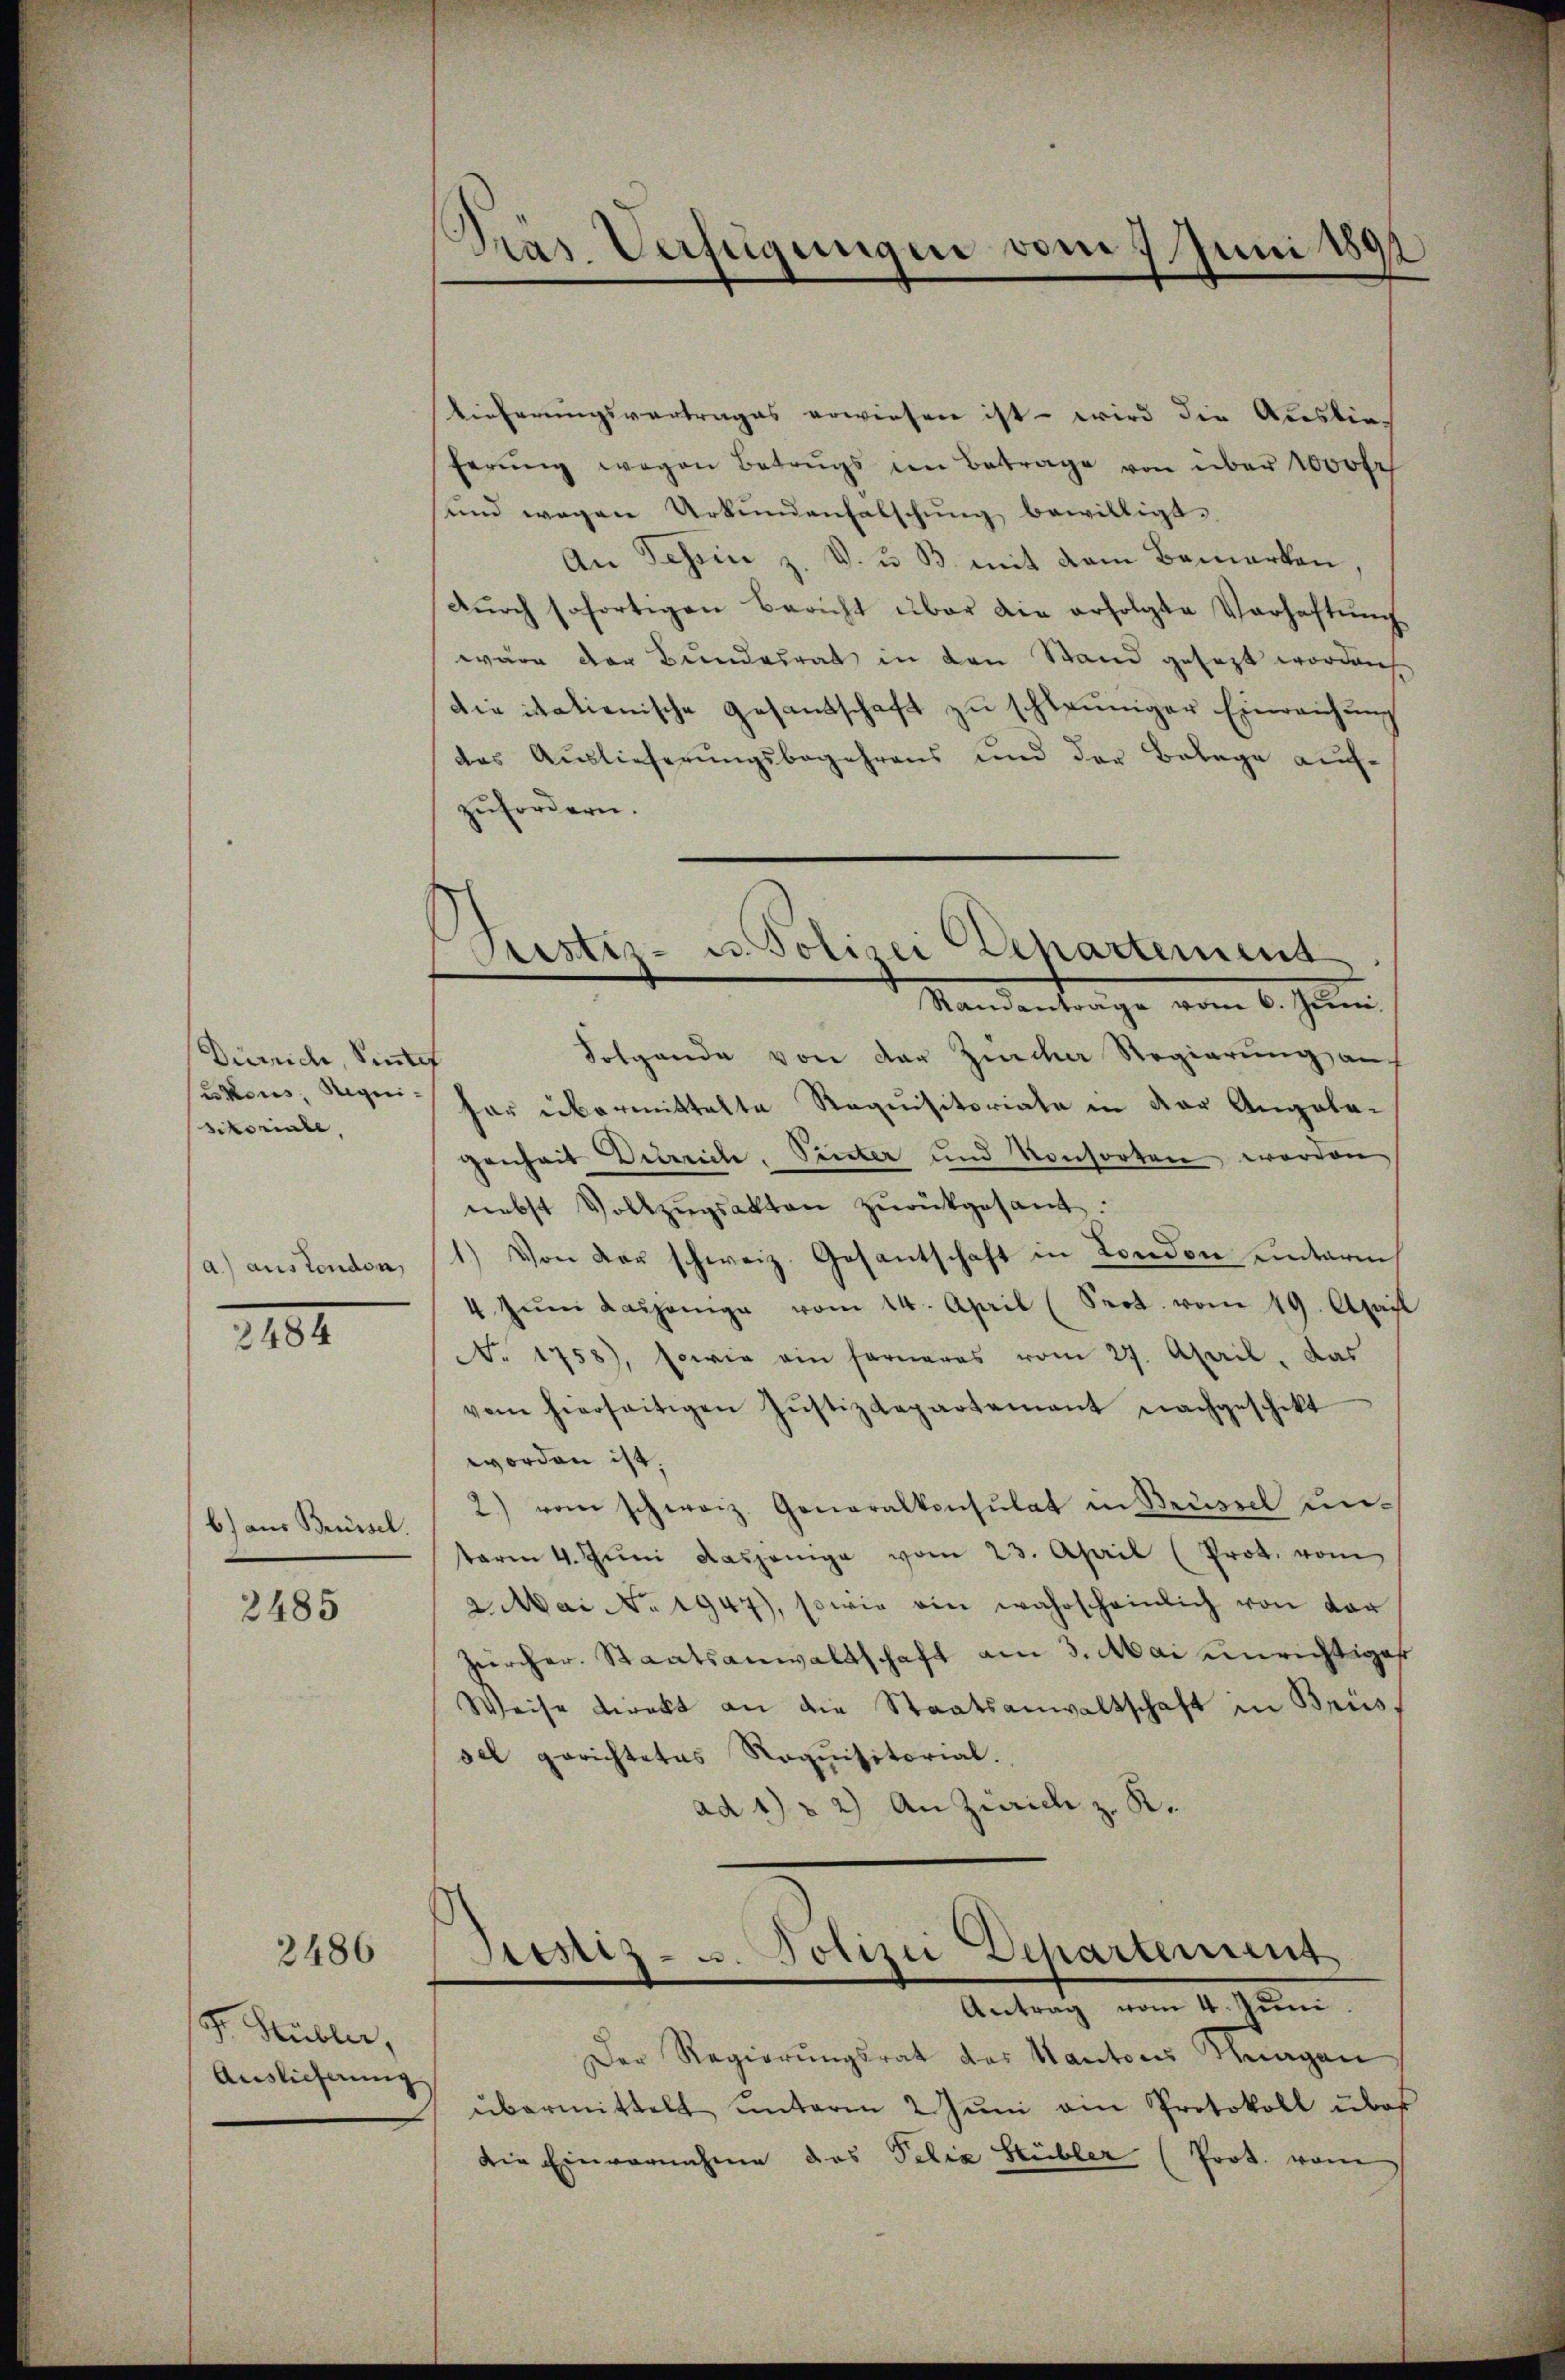
Dirrrich, Sinnet
ukens, Requisitoriale,

a.) aus London,

2184

b.) aus Brüssel.

2485

2486

F. Kübler,
Auslieferung

Präs. Verfügungen vom 7. Juni 1891

Tieferŭngsvertrages erwiesen ist - wird die Auslieferŭng wegen Betrŭgs im Betrage von über 1000 fr
sund wegen Urkundenfalschung bewilligt.
An Tessin z. V. u. B. mit dem Bemerken,
Dŭrch sofortigen Bericht über die erfolgte Verhaftŭng
wäre der Bundesrat in den Stand gesezt worden
die italienische Gesandschaft zu schleuniger Einreichung
das Auslieferungsbegehrens und der Belege aufzufordern.
Standentrage vom 6. Juni
Folgende von der Zürcher Regierung aus
her übermittelte Requisitoriale in der Angela-
genheit Dürrich, Pinter und Konsorten worden
nebst Vollzŭgsakten zŭrückgesant.
1.) Von der schweiz. Gesantschaft in London unterm
4 zŭm Kaspanige vom 14. April (Seot. vom 19. April
No. 1758), sowie ein ferneres vom 27. April, das
vom hierseitigen Jŭstizdepartement nachgeschikt
worden ist.
2) von schweiz. Generalkonsulat in Brüssel unterm 4. Jŭni dasjenige vom 23. April (Prot. vom
2. Mai No 1947), sowie ein wahrscheinlich von der
Zürcher. Staatsanwaltschaft am 3. Mai unrichtiges
Weise direkt an die Staatsanwaltschaft in Brissel gerichtetes Roquisitorial.
ad 4) 2) An Zürich z. K.
Antrag vom 4. Juni.
Der Regierŭngsrat des Kantons Kragen
übermittelt unterm 2 Jŭni ain Protokoll über
die Einvernahme das Felix Heübler (Prot. vom

Zustiz- u. Polizei Departement

Stiz- u. Polizei Departement